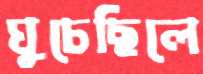
ঘুচেছিলে